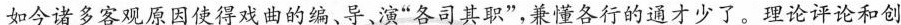
如今诸多客观原因使得戏曲的编、导、演”各司其职”，兼懂各行的通才少了。理论评论和创